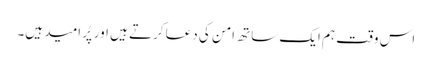
اس وقت ہم ایک ساتھ امن کی دعا کرتے ہیں اور پُر امید ہیں۔